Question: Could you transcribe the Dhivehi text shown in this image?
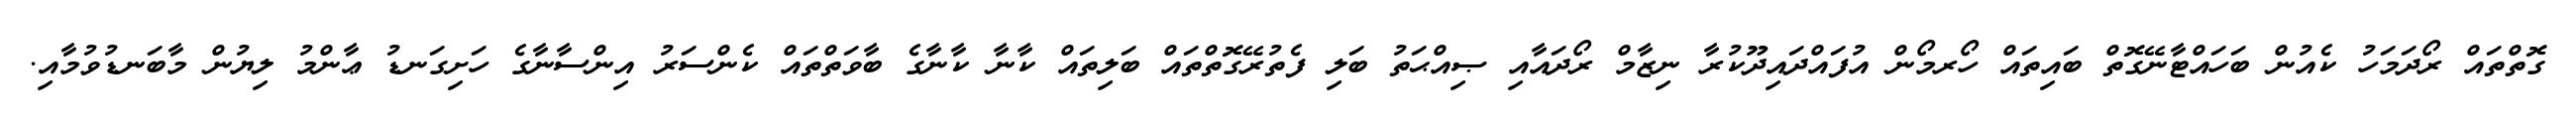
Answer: ގޮތްތައް ރޯދަމަހު ކެއުން ބަހައްޓާނޭގޮތް ބައިތައް ހޯރމޯން އުފައްދައިދޫކުރާ ނިޒާމް ރޯދައާއި ޞިއްޙަތު ބަލި ފެތުރޭގޮތްތައް ބަލިތައް ކާނާ ކާނާގެ ބާވަތްތައް ކެންސަރު އިންސާނާގެ ހަށިގަނޑު ޢާންމު ލިޔުން މާބަނޑުވުމާއި.